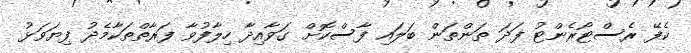
ކެފޭ ރެސްޓޯރެންޓު ފަދަ ތަންތަން ބަލައި ފާސްކޮށް ގަވާއިދާ ހިލާފުވާ ފަރާތްތަކާމެދު ފިޔަވަޅު